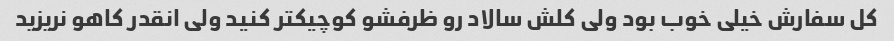
کل سفارش خیلی خوب بود ولی کلش سالاد رو ظرفشو کوچیکتر کنید ولی انقدر کاهو نریزید